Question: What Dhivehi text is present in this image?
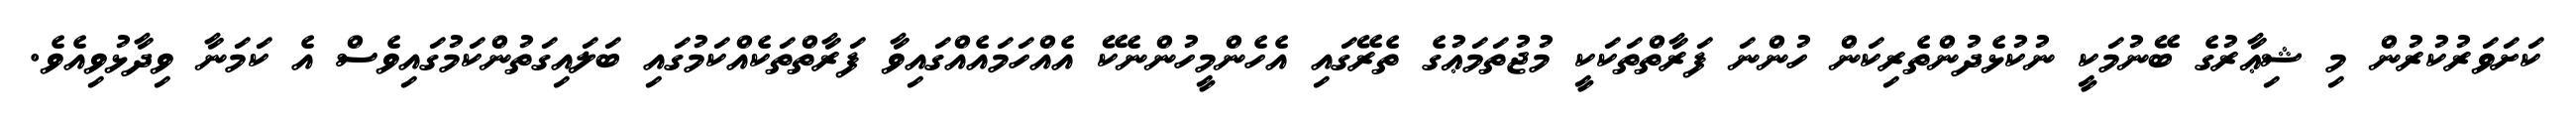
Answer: ކަށަވަރުކުރުން މި ޝިޢާރުގެ ބޭނުމަކީ ނުކުޅެދުންތެރިކަން ހުންނަ ފަރާތްތަކަކީ މުޖުތަމަޢުގެ ތެރޭގައި އެހެންމީހުންނެކޭ އެއްހަމައެއްގައިވާ ފަރާތްތަކެއްކަމުގައި ބަލައިގަތުންކަމުގައިވެސް އެ ކަމަނާ ވިދާޅުވިއެވެ.